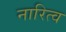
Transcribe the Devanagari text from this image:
नारित्व